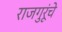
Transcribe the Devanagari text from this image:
राजगुरूंचे